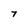
Character: 7